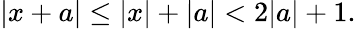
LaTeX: |x+a|\leq|x|+|a|<2|a|+1.